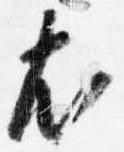
尤